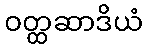
ဝတ္ထဆာဒိယံ